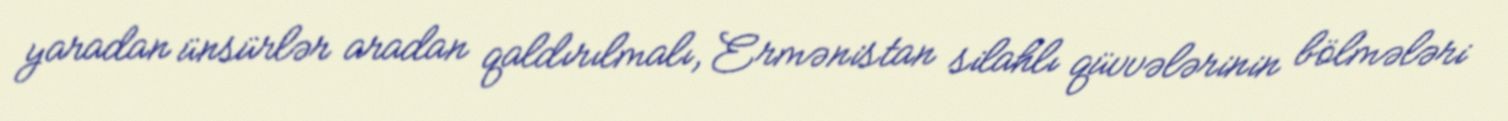
yaradan ünsürlər aradan qaldırılmalı, Ermənistan silahlı qüvvələrinin bölmələri